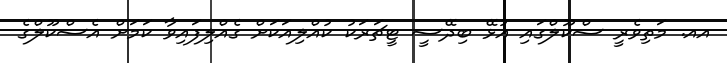
އއ. މަތިވެރީ ސްކޫލްގައި އުޅޭ ބިދޭސީ ޓީޗަރަކު ކުއްލިއަކަށް ގެއްލިފައިވާ ކަމަށް އެސްކޫލްގެ